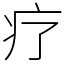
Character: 疗